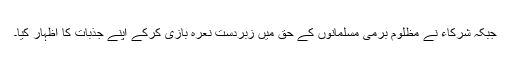
جبکہ شرکاء نے مظلوم برمی مسلمانوں کے حق میں زبردست نعرہ بازی کرکے اپنے جذبات کا اظہار کیا۔